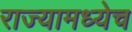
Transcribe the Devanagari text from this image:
राज्यामध्येच